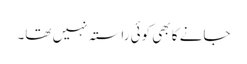
جانے کا بھی کوئی راستہ نہیں تھا۔